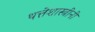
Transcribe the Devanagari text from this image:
थत्तेशास्त्रींनी